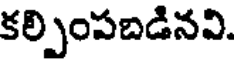
కల్పింపబడినవి.